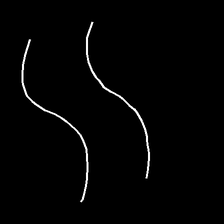
Glyph: float